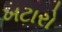
ખટારો